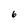
Character: 6